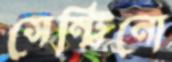
সেন্ট্রিনো